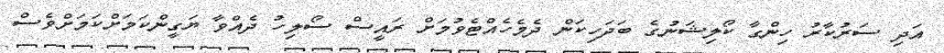
އަދި ސަރުކާރު ހިންގާ ކޯލިޝަނުގެ ބަދަހިކަން ދެމެހެއްޓެވުމަށް ރައީސް ސޯލިހު ދެއްވާ ޔަގީންކަމަށްކަމަށްވެސް